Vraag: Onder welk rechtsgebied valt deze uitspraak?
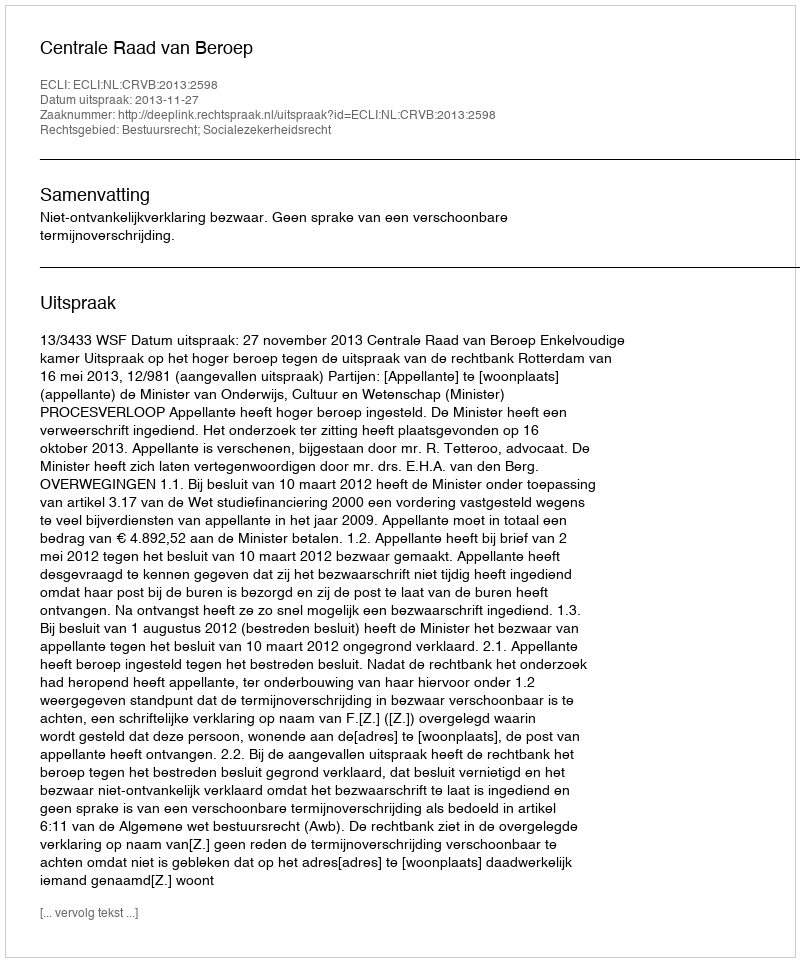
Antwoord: Bestuursrecht; Socialezekerheidsrecht